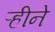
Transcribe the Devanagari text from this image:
ऱ्हीने